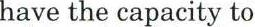
have the capacity to